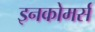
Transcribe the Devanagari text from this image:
इनकोमर्स